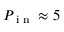
P _ { \textnormal { i n } } \approx 5